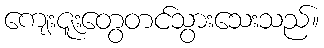
ကျေးဇူးတွေတင်သွားသေးသည်။